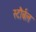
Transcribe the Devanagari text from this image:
स्टौर्बल